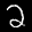
Label: 2